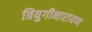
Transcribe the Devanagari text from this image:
त्रियुगीनारायण